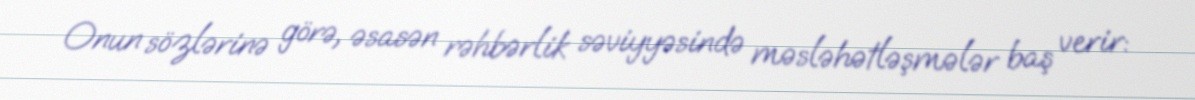
Onun sözlərinə görə, əsasən rəhbərlik səviyyəsində məsləhətləşmələr baş verir: